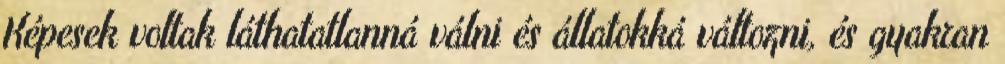
Képesek voltak láthatatlanná válni és állatokká változni, és gyakran